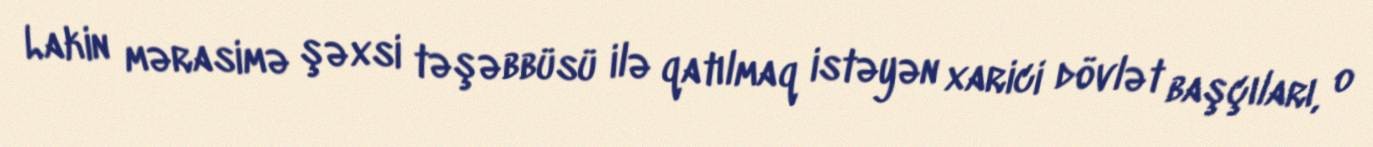
Lakin mərasimə şəxsi təşəbbüsü ilə qatılmaq istəyən xarici dövlət başçıları, o